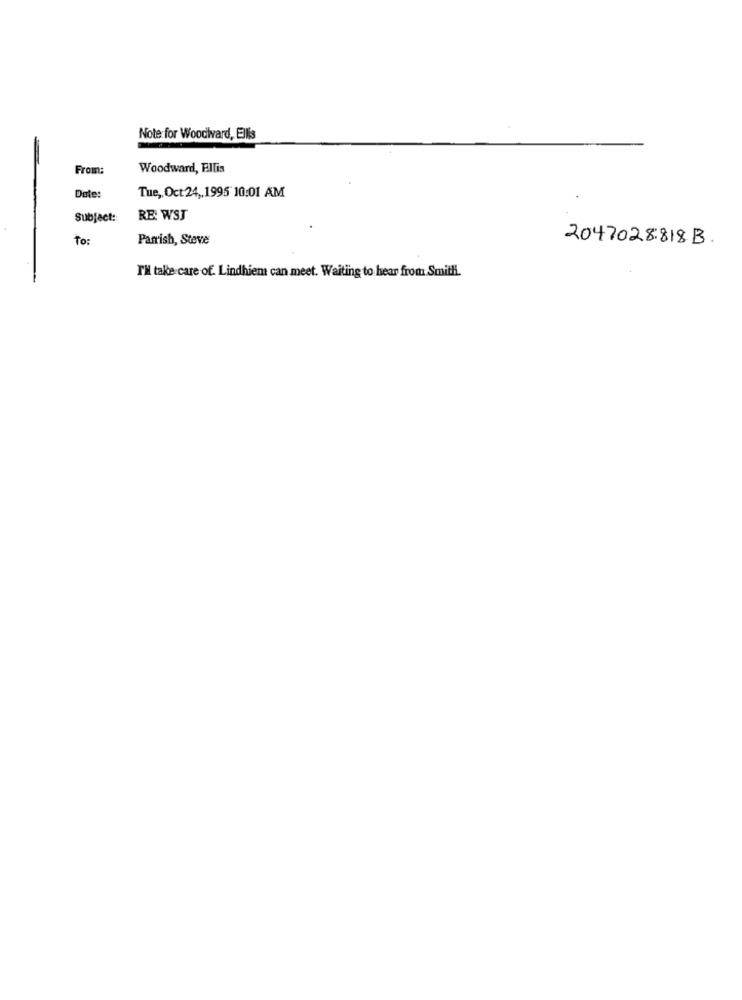
Note for Woodlvard, Ellis
From:
Woodward, Ellis
Date:
Tue ,, Oct 24 ,, 1995 10:01 AM
-
Subject ::
RE: WSJ
To:
Parrish, Steve
2047028818 B.
I'M take care of. Lindhiem can meet. Waiting to hear from Smith.